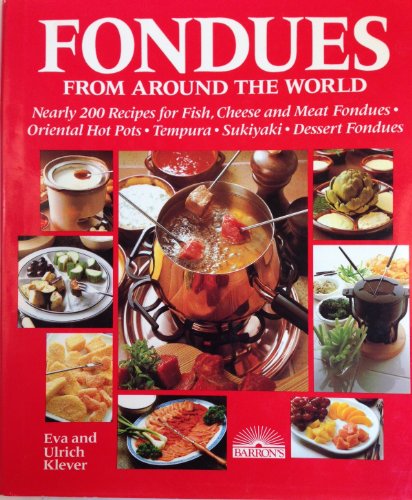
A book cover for Fondues from Around the World; Ulrich Klever; Cookbooks, Food & Wine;